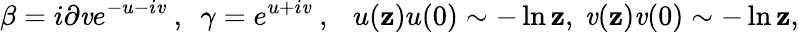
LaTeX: \beta=i\partial\mathit{v}e^{-u-i\mathit{v}}~,~~\gamma=e^{u+i\mathit{v}}~,~~~u(\mathbf{z})u(0)\sim-\ln\mathbf{z},~\mathit{v}(\mathbf{z})\mathit{v}(0)\sim-\ln\mathbf{z},